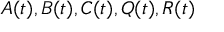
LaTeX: { \mathbf { } } A ( t ) , B ( t ) , C ( t ) , Q ( t ) , R ( t )